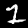
Label: 1